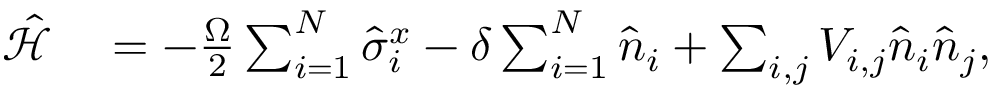
\begin{array} { r l } { \hat { \mathcal { H } } } & { { } = - \frac { \Omega } { 2 } \sum _ { i = 1 } ^ { N } \hat { \sigma } _ { i } ^ { x } - \delta \sum _ { i = 1 } ^ { N } \hat { n } _ { i } + \sum _ { i , j } V _ { i , j } \hat { n } _ { i } \hat { n } _ { j } , } \end{array}